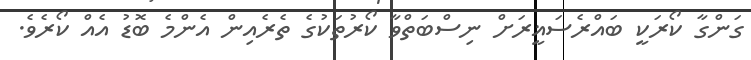
ގަންގާ ކޯރަކީ ބައްރެސަޣީރަށް ނިސްބަތްވާ ކޯރުތަކުގެ ތެރެއިން އެންމެ ބޮޑު އެއް ކޯރެވެ.